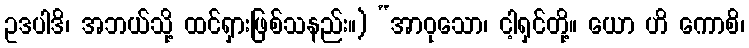
ဥဒပါဒိ၊ အဘယ်သို့ ထင်ရှားဖြစ်သနည်း။) “အာဝုသော၊ ငါ့ရှင်တို့။ ယော ဟိ ကောစိ၊